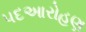
પદઆરોહણ